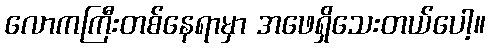
လောကကြီးတစ်နေရာမှာ အဖေရှိသေးတယ်ပေါ့။